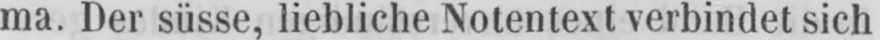
ma. Der süsse, liebliche Notentext verbindet sich